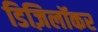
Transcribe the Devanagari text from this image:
डिज़िलॉकर